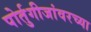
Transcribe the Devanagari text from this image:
पोर्तुगीजांवरच्या